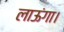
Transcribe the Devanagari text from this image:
लाऊंगा।